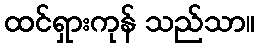
ထင်ရှားကုန် သည်သာ။